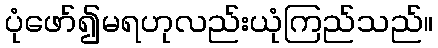
ပုံဖော်၍မရဟုလည်းယုံကြည်သည်။